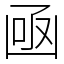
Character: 凾